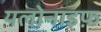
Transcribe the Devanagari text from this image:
यलोनाइफ़